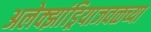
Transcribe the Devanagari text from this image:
अलेक्झांड्रियाजवळच्या